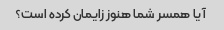
آیا همسر شما هنوز زایمان کرده است؟